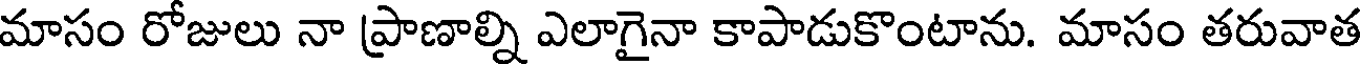
మాసం రోజులు నా ప్రాణాల్ని ఎలాగైనా కాపాడుకొంటాను. మాసం తరువాత